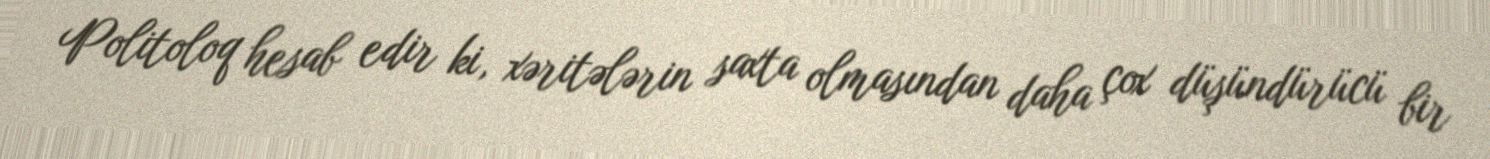
Politoloq hesab edir ki, xəritələrin saxta olmasından daha çox düşündürücü bir